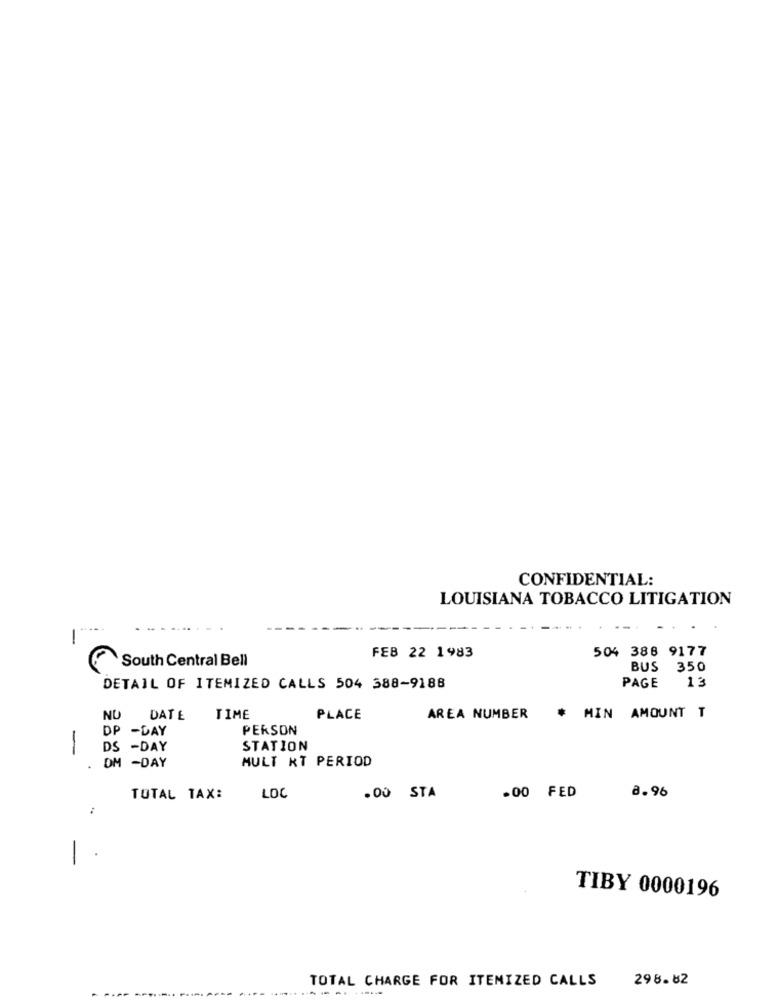
CONFIDENTIAL:
LOUISIANA TOBACCO LITIGATION
.....
-
504 388 9177
South Central Bell
FEB 22 1983
BUS
350
PAGE
13
DETAIL OF ITEMIZED CALLS 504 388-9188
NU
DATE
TIME
PLACE
AREA NUMBER
# MIN AMOUNT T
DP -DAY
PERSON
-
DS -DAY
STATION
MULT KT PERIOD
DM -DAY
.00 STA
.00 FED
8.96
TOTAL TAX:
LOC
:
-
TIBY 0000196
298.82
TOTAL CHARGE FOR ITEMIZED CALLS